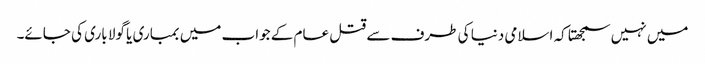
میں نہیں سمجھتا کہ اسلامی دنیا کی طرف سے قتل عام کے جواب میں بمباری یا گولا باری کی جائے۔